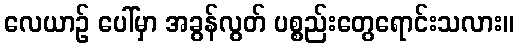
လေယာဉ် ပေါ်မှာ အခွန်လွတ် ပစ္စည်းတွေရောင်းသလား။